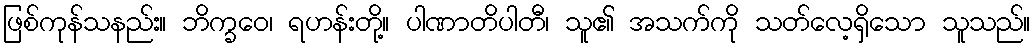
ဖြစ်ကုန်သနည်း။ ဘိက္ခဝေ၊ ရဟန်းတို့။ ပါဏာတိပါတီ၊ သူ၏ အသက်ကို သတ်လေ့ရှိသော သူသည်။